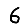
Digit: 6